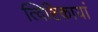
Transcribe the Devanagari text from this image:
त्विष्टिकायां